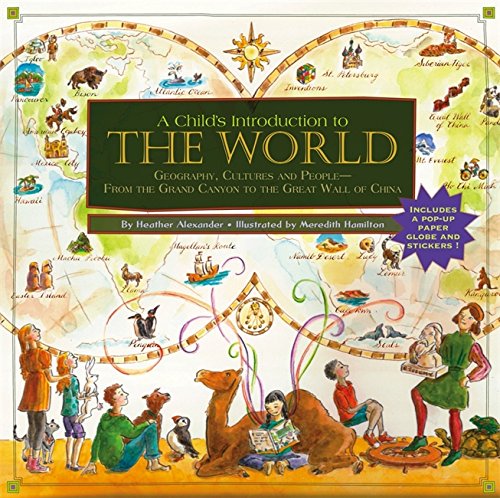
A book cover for Child's Introduction to the World: Geography, Cultures, and People - From the Grand Canyon to the Great Wall of China; Heather Alexander; Children's Books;